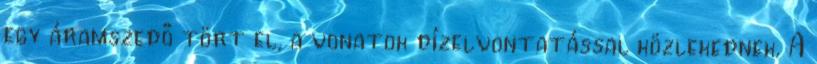
egy áramszedő tört el, a vonatok dízelvontatással közlekednek. A